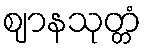
ဈာနသုတ္တံ